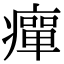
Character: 癉